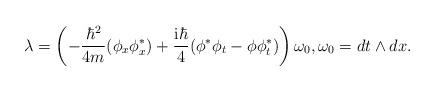
LaTeX: \begin{gather*}\lambda=\left(-\frac{\hbar^2}{4m}(\phi_x\phi^*_x)+\frac{{\rm i}\hbar}{4}(\phi^*\phi_t-\phi\phi^*_t)\right)\omega_0,\omega_0=dt\wedge dx.\end{gather*}